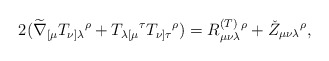
\begin{align*}2(\widetilde{\nabla }_{[\mu }T_{\nu ]\lambda }{}^{\rho }+T_{\lambda \lbrack\mu }{}^{\tau }T_{\nu ]\tau }{}^{\rho })=R_{\mu \nu \lambda }^{{\footnotesize (T)}}{}^{\rho }+\check{Z}_{\mu \nu \lambda }{}^{\rho },\end{align*}